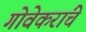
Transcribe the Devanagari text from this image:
गोवेकरांचे